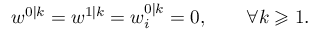
w ^ { 0 | k } = w ^ { 1 | k } = w _ { i } ^ { 0 | k } = 0 , \qquad \forall k \geqslant 1 .